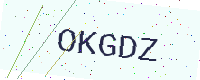
Text: OKGDZ